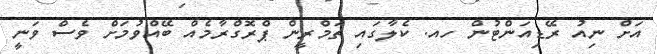
އަށް ނިއު ރޭޑިއަންޓުން ހއ. ކެލާގައި ތަމްރީން ޕްރޮގްރާމެއް ބޭއްވުމަށް ވެސް ވަނީ